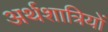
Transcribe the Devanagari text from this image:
अर्थशात्रियों